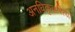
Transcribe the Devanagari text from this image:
अनधिकृतरित्या